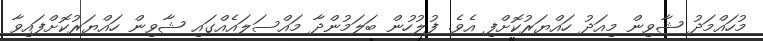
މުހައްމަދު ޝާވިން މިއަދު ހައްޔަރުކޮށްފި އެވެ. ފުލުހުން ބަލަމުންދާ މައްސަލައެއްގައި ޝާވިން ހައްޔަރުކޮށްފައިވާ